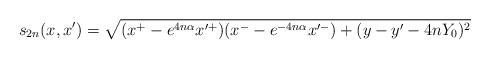
LaTeX: \begin{align*}s_{2n}(x,x') =\sqrt{(x^+ - e^{4n\alpha} x'^+)(x^- - e^{- 4n\alpha} x'^-)+ ( y - y' - 4n Y_0)^2}\end{align*}